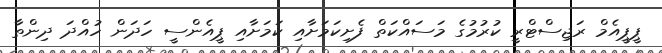
ޕީޕީއެމް ރަޖިސްޓްރީ ކުރުމުގެ މަސައްކަތް ފެށިކަމަށާއި ކަމަށާއި ޕީއެންސީ ހަދަން ހުއްދަ ދިންތާ